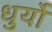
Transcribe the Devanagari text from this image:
धुर्यो